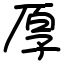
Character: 𫝗